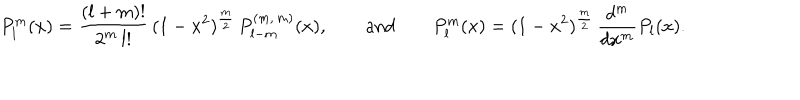
P _ { l } ^ { m } ( x ) = \frac { ( l + m ) ! } { 2 ^ { m } \, l ! } \, ( 1 - x ^ { 2 } ) ^ { \frac m 2 } \, P _ { l - m } ^ { ( m , \, m ) } ( x ) , \qquad \mathrm { a n d } \qquad P _ { l } ^ { m } ( x ) = ( 1 - x ^ { 2 } ) ^ { \frac m 2 } \, \frac { d ^ { m } } { d x ^ { m } } P _ { l } ( x ) .